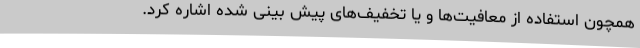
همچون استفاده از معافیت‌ها و یا تخفیف‌های پیش بینی شده اشاره کرد.